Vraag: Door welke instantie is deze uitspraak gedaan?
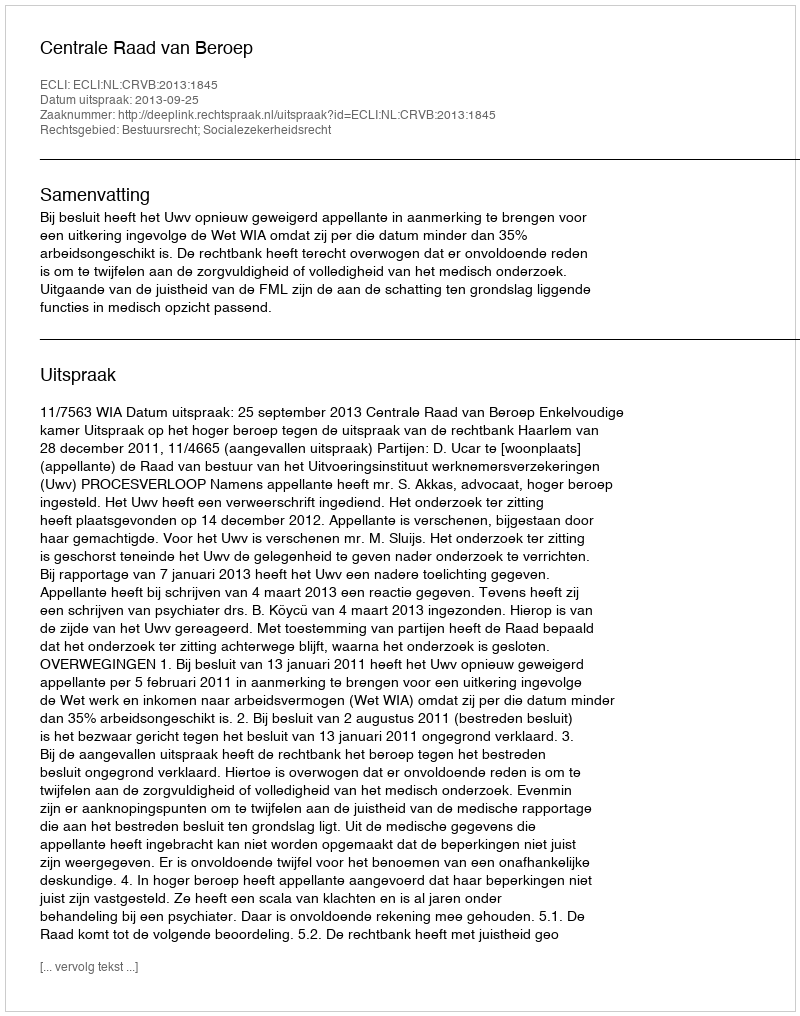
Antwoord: Centrale Raad van Beroep